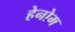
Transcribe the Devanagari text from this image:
हेनोम